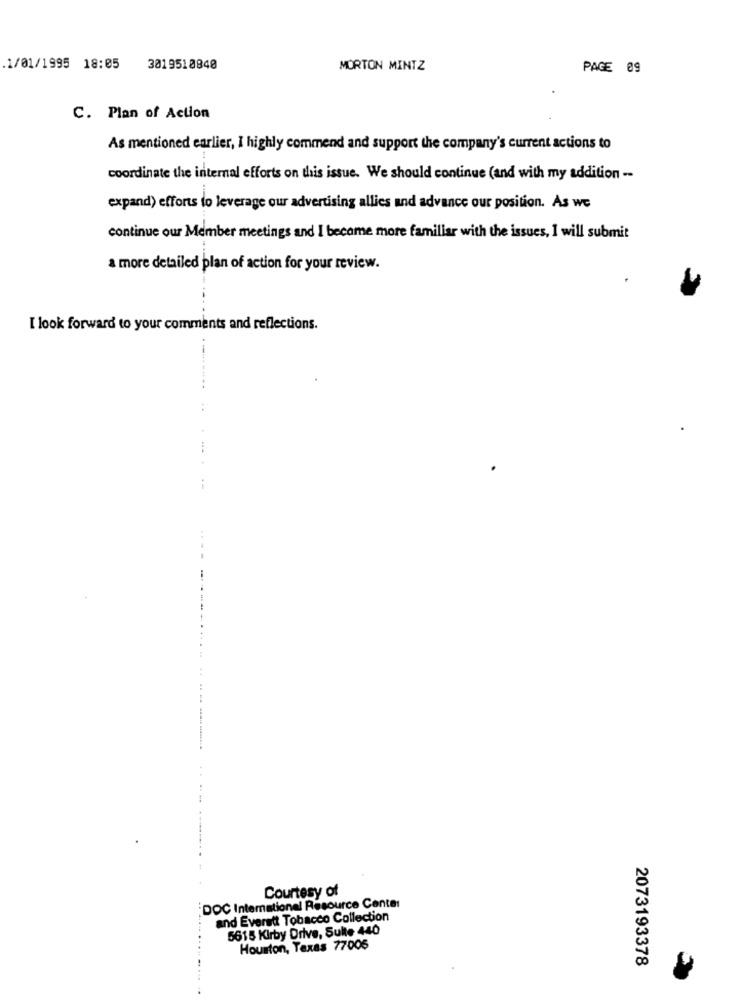
1/01/1995 18:05
3019518840
MORTON MINTZ
PAGE 09
C. Plan of Action
As mentioned earlier, I highly commend and support the company's current actions to
coordinate the internal efforts on this issue. We should continue (and with my addition --
expand) efforts to leverage our advertising allies and advance our position. As we
continue our Member meetings and I became more familiar with the issues, I will submit
a more detailed plan of action for your review.
I look forward to your comments and reflections.
Courtesy of
DOC Intemationel Resource Center
and Everett Tobacco Collection
5615 Kirby Drive, Suite 440
Houston, Texas 77006
2073193378